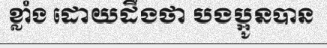
ខ្លាំង ដោយដឹងថា បងប្អូនបាន